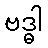
ဗဒ္ဓါ